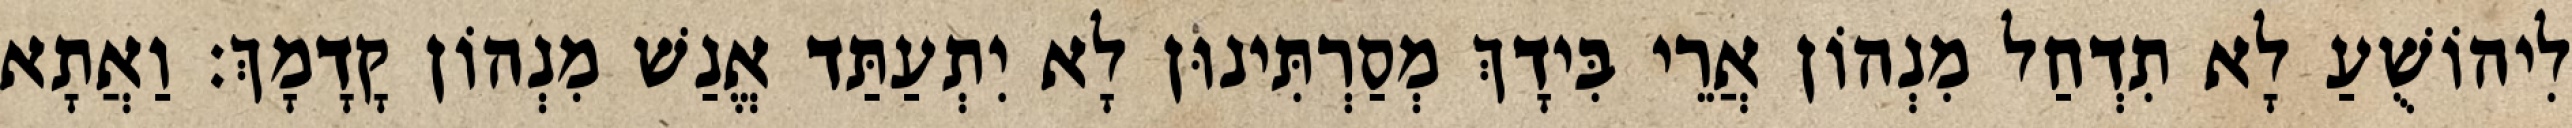
לִיהוֹשֻׁעַ לָא תִדְחַל מִנְהוֹן אֲרֵי בִּידָךְ מְסַרְתִּינוּן לָא יִתְעַתַּד אֱנַשׁ מִנְהוֹן קָדָמָךְ׃ וַאֲתָא